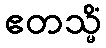
ဧတသ္မိံ